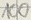
Text: 100